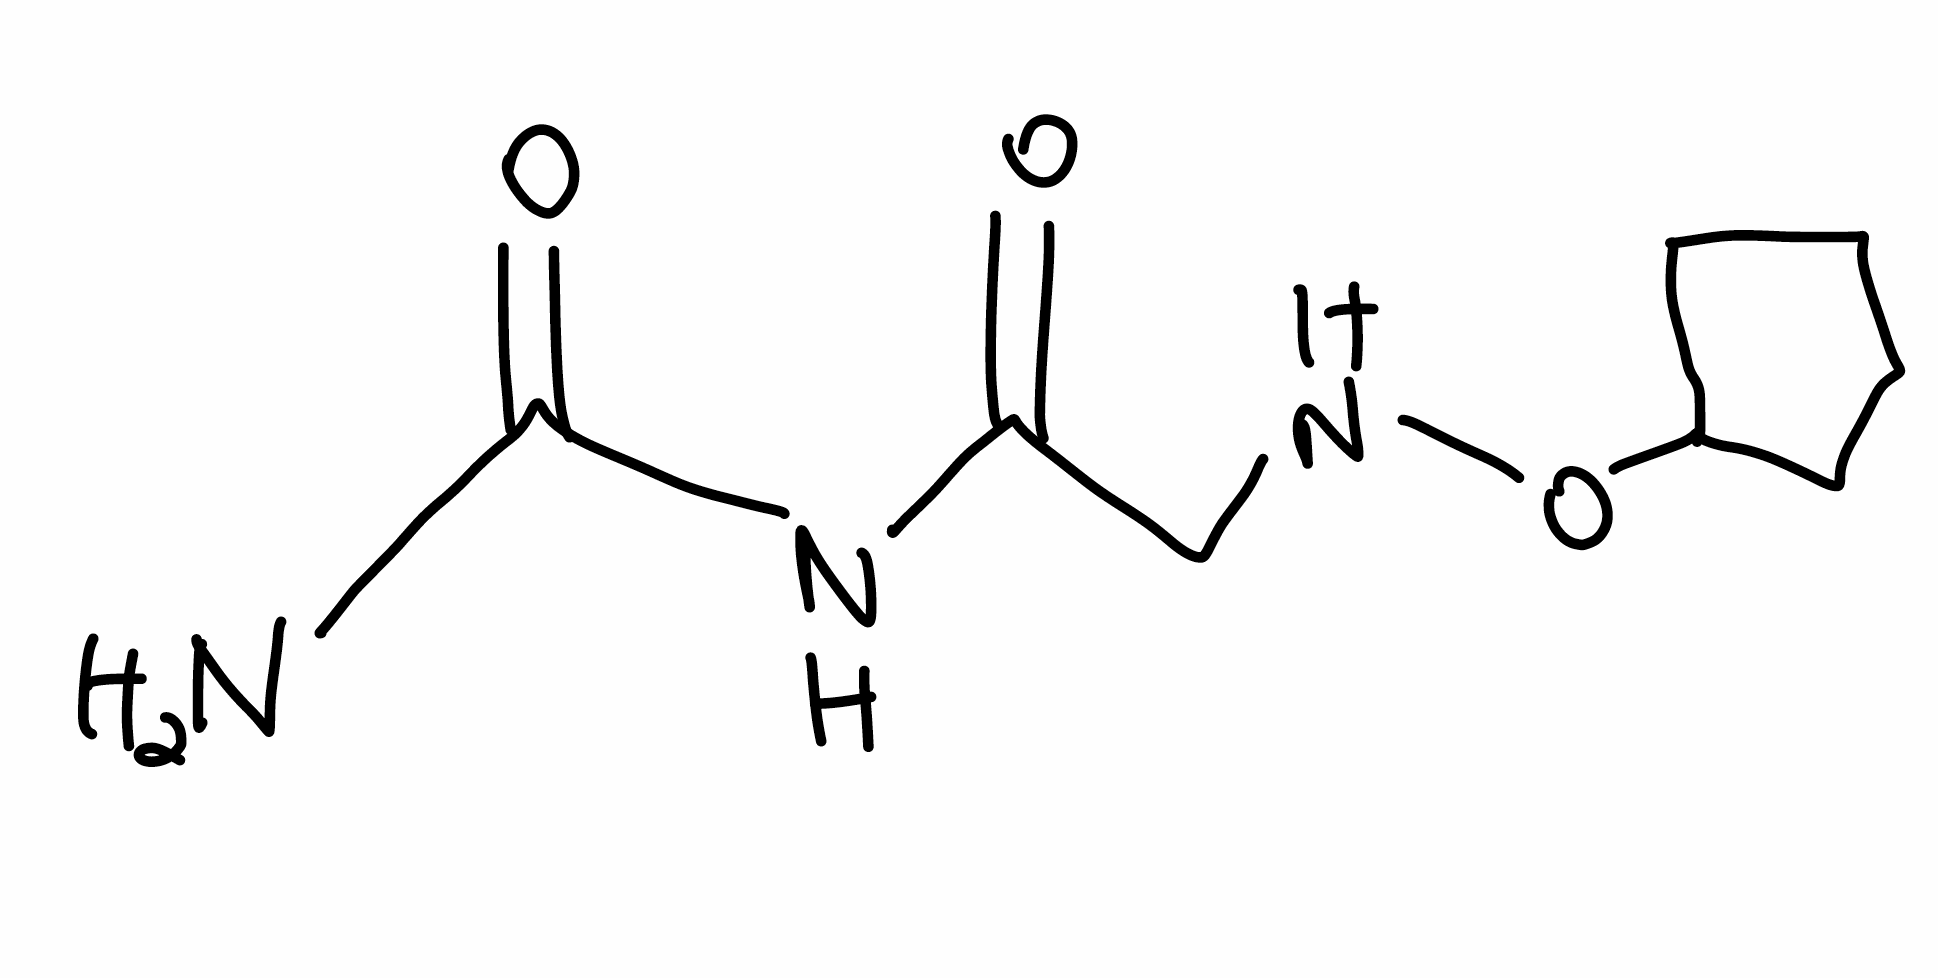
Simplified molecular-input line-entry system (SMILES) notation of the given molecule:
C1CCC(C1)ONCC(=O)NC(=O)N